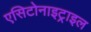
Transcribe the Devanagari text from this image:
एसिटोनाइट्राइल